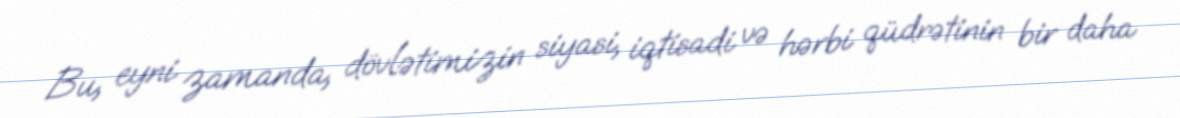
Bu, eyni zamanda, dövlətimizin siyasi, iqtisadi və hərbi qüdrətinin bir daha